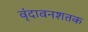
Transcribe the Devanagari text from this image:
वृंदावनशतक